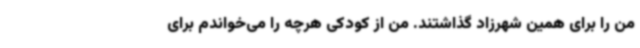
من را برای همین شهرزاد گذاشتند. من از کودکی هرچه را می‌خواندم برای